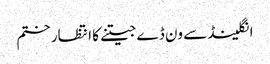
انگلینڈ سے ون ڈے جیتنے کا انتظار ختم